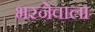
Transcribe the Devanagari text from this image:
भरनेवाला